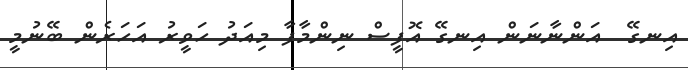
އިނގޭ  އަންނާނަން އިނގޭ އޮފީސް ނިންމާފާ މިއަދު ހަވީރު އަހަރެން ބޭނުމީ